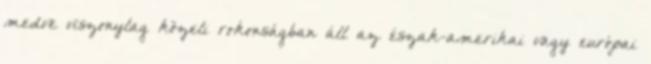
medve viszonylag közeli rokonságban áll az észak-amerikai vagy európai